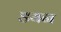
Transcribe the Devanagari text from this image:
डयन